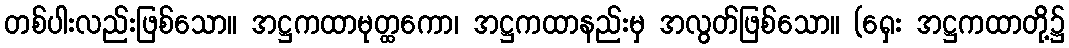
တစ်ပါးလည်းဖြစ်သော။ အဋ္ဌကထာမုတ္ထကော၊ အဋ္ဌကထာနည်းမှ အလွတ်ဖြစ်သော။ (ရှေး အဋ္ဌကထာတို့၌